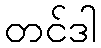
တင်ဒါ